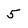
Character: 5